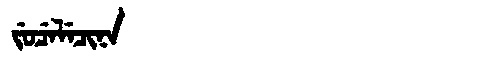
Manchu: ᠵᡠᠴᡝᠯᡝᠴᡳᠨᠠ
Romanization: JUCELECINA